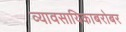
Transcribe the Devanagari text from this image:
व्यावसायिकाबरोबर